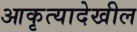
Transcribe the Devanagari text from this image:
आकृत्यादेखील